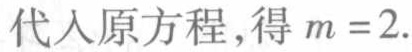
代入原方程,得 \(m = 2\).